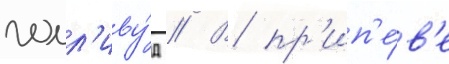
голл'иву́д // В пр'ип'е́в'е